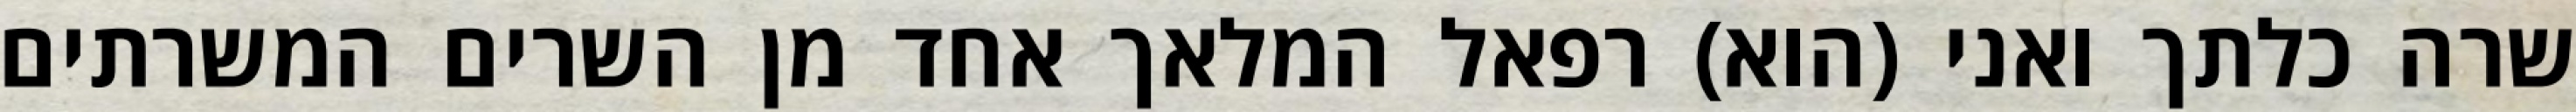
שרה כלתך ואני (הוא) רפאל המלאך אחד מן השרים המשרתים